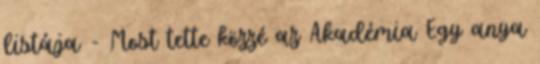
listája - Most tette közzé az Akadémia Egy anya